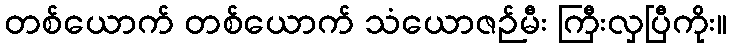
တစ်ယောက် တစ်ယောက် သံယောဇဉ်မီး ကြီးလှပြီကိုး။